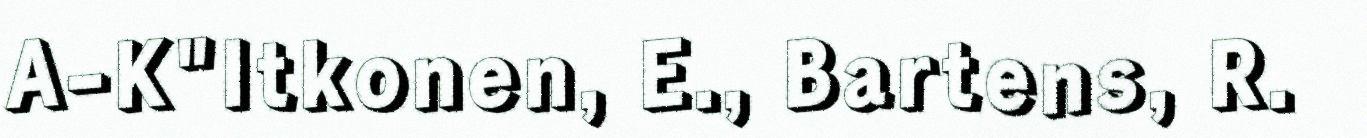
A-K"Itkonen, E., Bartens, R.